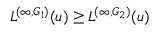
L ^ { ( \infty , G _ { 1 } ) } ( u ) \ge L ^ { ( \infty , G _ { 2 } ) } ( u )